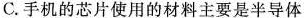
C.手机的芯片使用的材料主要是半导体